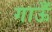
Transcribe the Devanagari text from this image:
गाऊँ